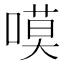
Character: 嗼